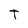
Character: T